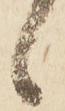
候